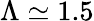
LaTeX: \Lambda\simeq 1.5